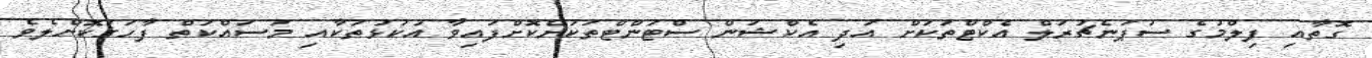
ގޮތާއި ފިލްމުގެ ސުޕަނެޗުރަލް އެކްޓްތަކަށް އަދި އެކްޝަން ސްޓަންޓްތަކަށްކޮށްފައިވާ އުކުޅުތަކާއި މަސައްކަތް ފާހަގަކޮށްލެވެ